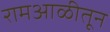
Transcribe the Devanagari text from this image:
रामआळीतून